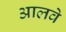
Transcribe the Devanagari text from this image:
आलवे